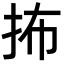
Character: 抪